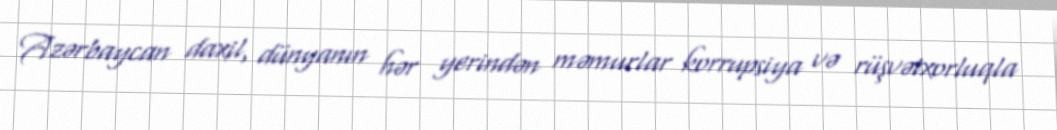
Azərbaycan daxil, dünyanın hər yerindən məmurlar korrupsiya və rüşvətxorluqla